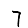
Digit: 7